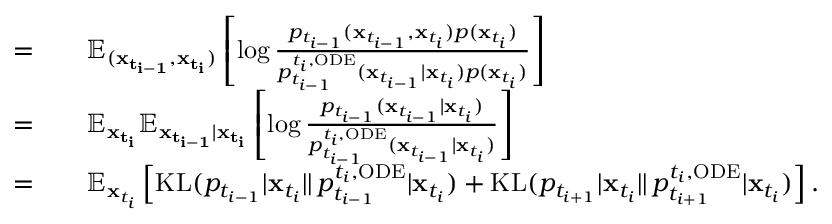
\begin{array} { r l } { = } & { { } \quad \mathbb { E } _ { ( \mathbf { x _ { t _ { i - 1 } } } , \mathbf { x _ { t _ { i } } } ) } \left[ \log \frac { p _ { t _ { i - 1 } } ( \mathbf { x } _ { t _ { i - 1 } } , \mathbf { x } _ { t _ { i } } ) p ( \mathbf { x } _ { t _ { i } } ) } { p _ { t _ { i - 1 } } ^ { t _ { i } , \mathrm { O D E } } ( \mathbf { x } _ { t _ { i - 1 } } | \mathbf { x } _ { t _ { i } } ) p ( \mathbf { x } _ { t _ { i } } ) } \right] } \\ { = } & { { } \quad \mathbb { E } _ { \mathbf { x _ { t _ { i } } } } \mathbb { E } _ { \mathbf { x _ { t _ { i - 1 } } } | \mathbf { x _ { t _ { i } } } } \left[ \log \frac { p _ { t _ { i - 1 } } ( \mathbf { x } _ { t _ { i - 1 } } | \mathbf { x } _ { t _ { i } } ) } { p _ { t _ { i - 1 } } ^ { t _ { i } , \mathrm { O D E } } ( \mathbf { x } _ { t _ { i - 1 } } | \mathbf { x } _ { t _ { i } } ) } \right] } \\ { = } & { { } \quad \mathbb { E } _ { \mathbf { x } _ { t _ { i } } } \left[ \mathrm { K L } ( p _ { t _ { i - 1 } } | \mathbf { x } _ { t _ { i } } | | \, p _ { t _ { i - 1 } } ^ { t _ { i } , \mathrm { O D E } } | \mathbf { x } _ { t _ { i } } ) + \mathrm { K L } ( p _ { t _ { i + 1 } } | \mathbf { x } _ { t _ { i } } | | \, p _ { t _ { i + 1 } } ^ { t _ { i } , \mathrm { O D E } } | \mathbf { x } _ { t _ { i } } ) \right] . } \end{array}